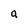
Character: a